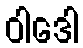
ဝါဒေါ